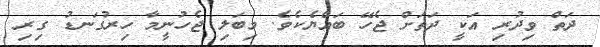
ދަތް ވިދުރި އަކީ ދަތަށް ޖެހޭ ބައްޔެކެވެ. މިބަލި ޖެހުނީމާ ހިރުގަނޑު ގިރި